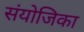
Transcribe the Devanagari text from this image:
संयोजिका